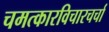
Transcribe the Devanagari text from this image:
चमत्कारविचारचर्चा